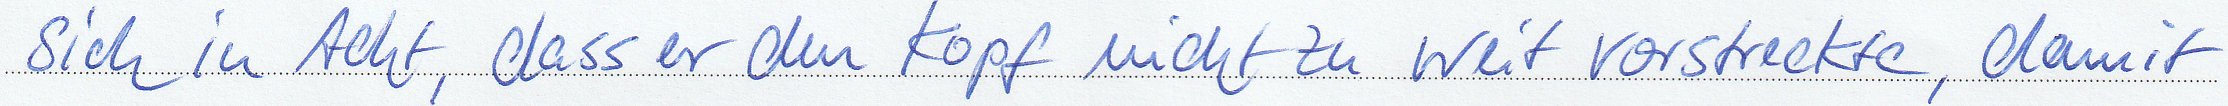
sich in Acht, dass er den Kopf nicht zu weit vorstreckte, damit